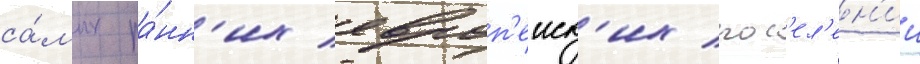
са́мых ра́нн'их европ'еиск'их пос'ел'ен'ии